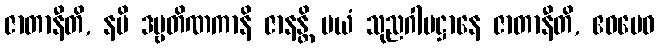
ဇာတာနီတိ, နပိ ဒဗ္ဗတိဏကာနိ ဇာနန္တိ မယံ သုညဂါမဋ္ဌာနေ ဇာတာနီတိ, ဧဝမေဝ